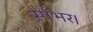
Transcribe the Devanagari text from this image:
साँभर।